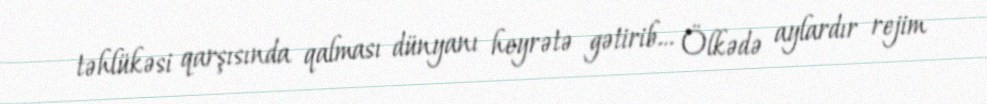
təhlükəsi qarşısında qalması dünyanı heyrətə gətirib… Ölkədə aylardır rejim